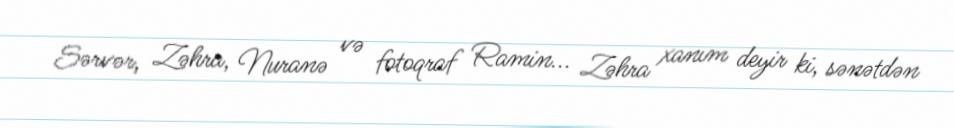
Sərvər, Zəhra, Nuranə və fotoqraf Ramin... Zəhra xanım deyir ki, sənətdən